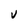
Character: v